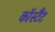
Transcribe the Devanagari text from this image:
कॉस्टैंट